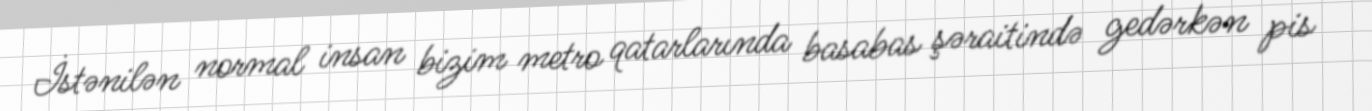
İstənilən normal insan bizim metro qatarlarında basabas şəraitində gedərkən pis